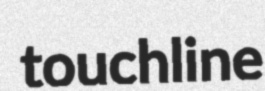
touchline